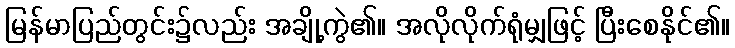
မြန်မာပြည်တွင်း၌လည်း အချို့ကွဲ၏။ အလိုလိုက်ရုံမျှဖြင့် ပြီးစေနိုင်၏။